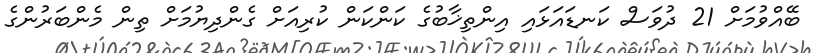
ބޭއްވުމަށް 21 ދުވަސް ކަނޑައަޅައި އިންތިޚާބުގެ ކަންކަން ކުރިއަށް ގެންދިޔުމަށް ތިން މެންބަރުންގެ